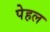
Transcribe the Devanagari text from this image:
पेहल